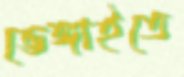
ভেঙ্গাইতে